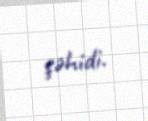
şəhidi.